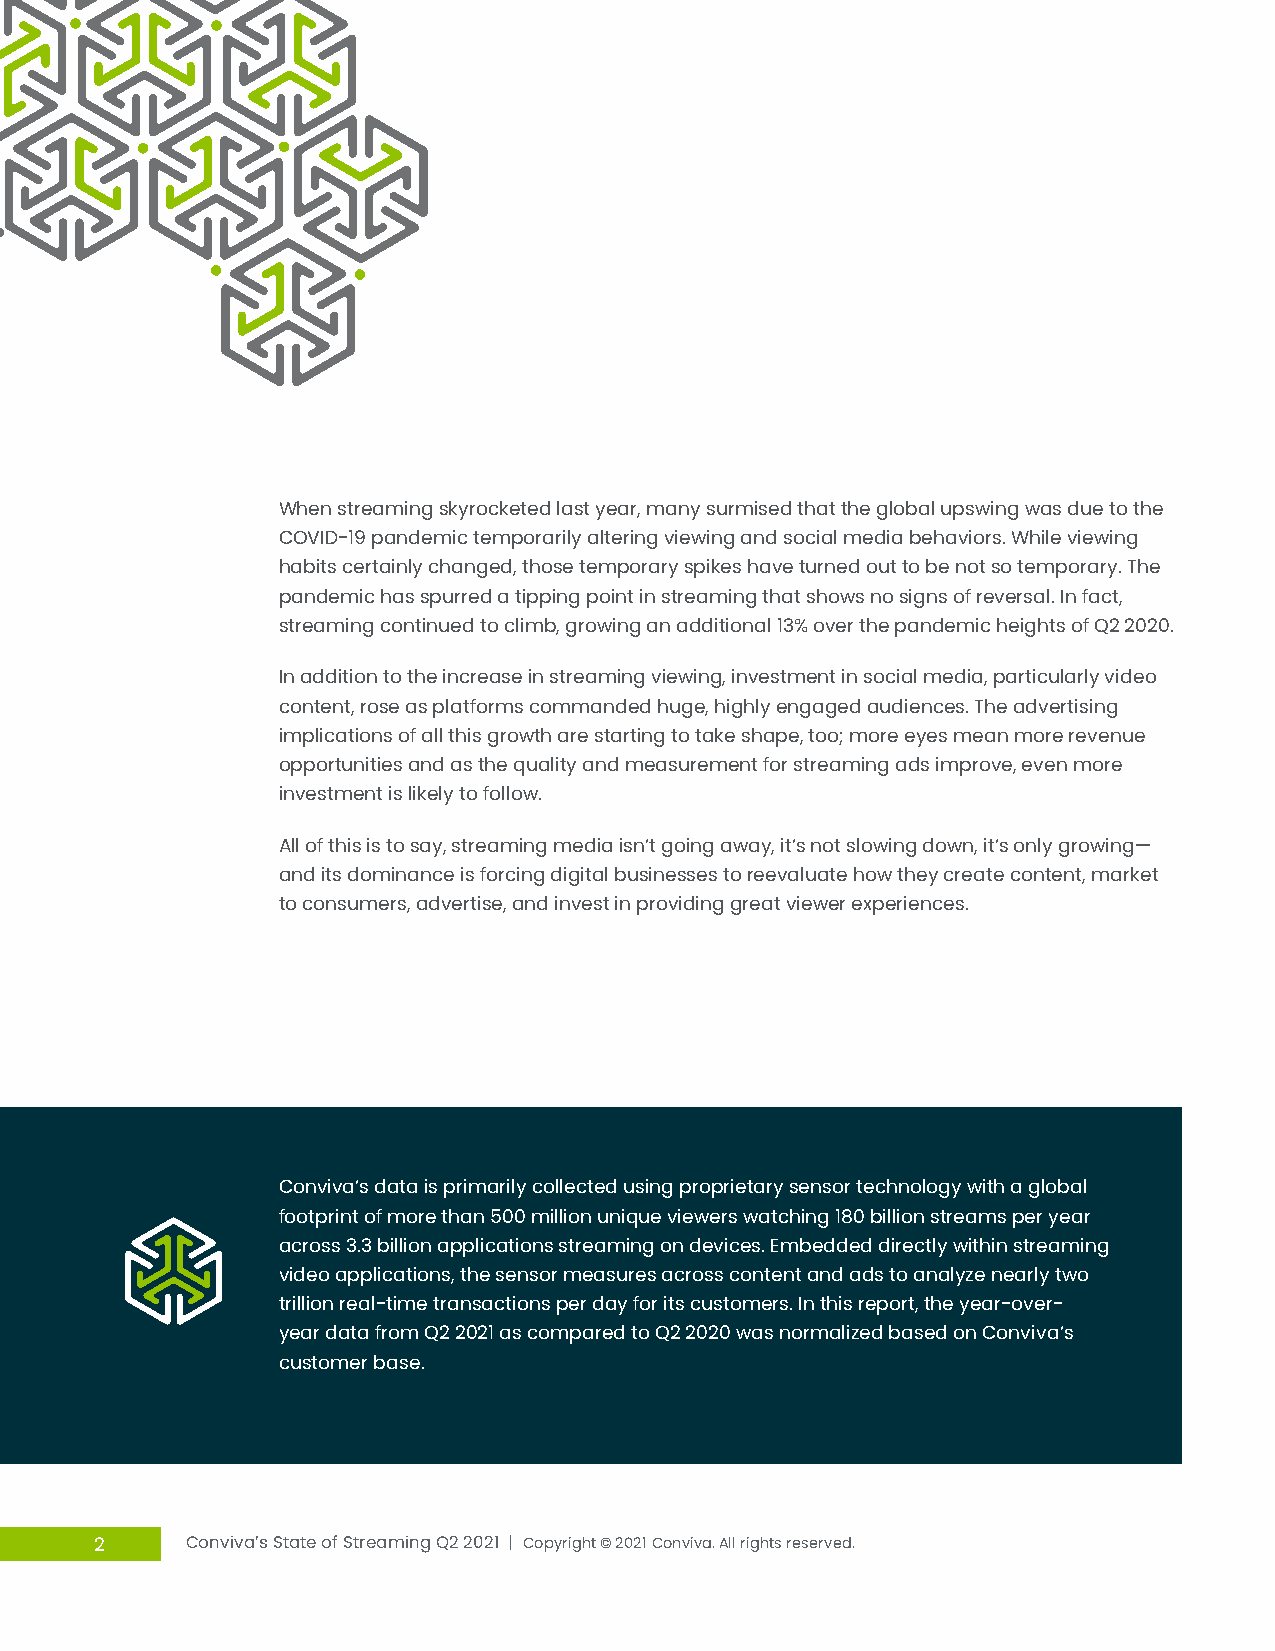
When streaming skyrocketed last year, many surmised that the global upswing was due to the
 COVID-19 pandemic temporarily altering viewing and social media behaviors. While viewing
 habits certainly changed, those temporary spikes have turned out to be not so temporary. The
 pandemic has spurred a tipping point in streaming that shows no signs of reversal. In fact,
 streaming continued to climb, growing an additional 13% over the pandemic heights of Q2 2020.
 In addition to the increase in streaming viewing, investment in social media, particularly video
 content, rose as platforms commanded huge, highly engaged audiences. The advertising
 implications of all this growth are starting to take shape, too; more eyes mean more revenue
 opportunities and as the quality and measurement for streaming ads improve, even more
 investment is likely to follow.
 All of this is to say, streaming media isn’t going away, it’s not slowing down, it’s only growing—
 and its dominance is forcing digital businesses to reevaluate how they create content, market
 to consumers, advertise, and invest in providing great viewer experiences.
 Conviva’s data is primarily collected using proprietary sensor technology with a global
 footprint of more than 500 million unique viewers watching 180 billion streams per year
 across 3.3 billion applications streaming on devices. Embedded directly within streaming
 video applications, the sensor measures across content and ads to analyze nearly two
 trillion real-time transactions per day for its customers. In this report, the year-over-
 year data from Q2 2021 as compared to Q2 2020 was normalized based on Conviva’s
 customer base.
 2     Conviva’s State of Streaming Q2 2021 | Copyright © 2021 Conviva. All rights reserved.